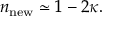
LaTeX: n _ { \mathrm { n e w } } \simeq 1 - 2 \kappa .